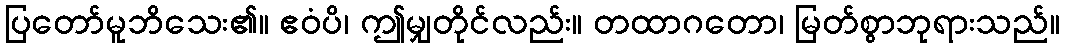
ပြတော်မူဘိသေး၏။ ဧဝံပိ၊ ဤမျှတိုင်လည်း။ တထာဂတော၊ မြတ်စွာဘုရားသည်။